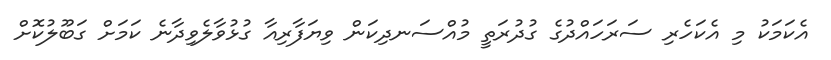
އެކަމަކު މި އެކަހެރި ސަރަހައްދުގެ ގުދުރަތީ މުއްސަނދިކަން ވިޔަފާރިއާ ގުޅުވާލެވިދާނެ ކަމަށް ގަބޫލުކޮށް